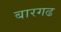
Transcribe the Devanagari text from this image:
बारगढ